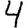
Digit: 4